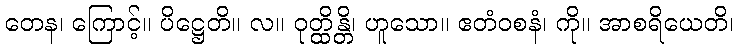
တေန၊ ကြောင့်။ ပိဋ္ဌေတိ။ လ။ ဝုတ္ထိန္တိ၊ ဟူသော။ ဧတံဝစနံ၊ ကို။ အာစရိယေတိ၊